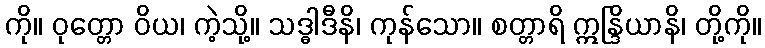
ကို။ ဝုတ္တော ဝိယ၊ ကဲ့သို့။ သဒ္ဓါဒီနိ၊ ကုန်သော။ စတ္တာရိ ဣန္ဒြိယာနိ၊ တို့ကို။